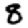
Digit: 8